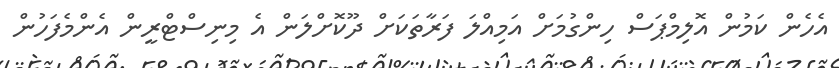
އެހެން ކަމުން އޮލިމްޕަސް ހިންގުމަށް އަމިއްލަ ފަރާތަކަށް ދޫކޮށްލަން އެ މިނިސްޓްރީން އެންމެފަހުން